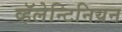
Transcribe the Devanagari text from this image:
व्हॅलेन्टिनियन